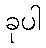
ခုပါ